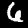
Digit: 6